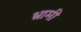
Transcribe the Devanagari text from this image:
भ्रामी